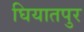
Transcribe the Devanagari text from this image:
घियातपुर